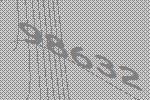
98632